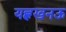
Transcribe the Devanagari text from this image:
यह्लखनऊ